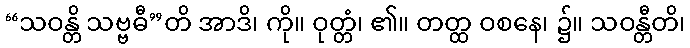
“သဝန္တိ သဗ္ဗဓီ”တိ အာဒိ၊ ကို။ ဝုတ္တံ၊ ၏။ တတ္ထ ဝစနေ၊ ၌။ သဝန္တီတိ၊